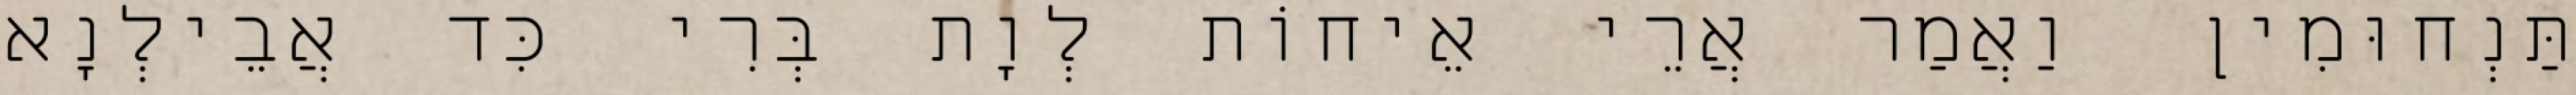
תַּנְחוּמִין וַאֲמַר אֲרֵי אֵיחוֹת לְוָת בְּרִי כִּד אֲבֵילְנָא